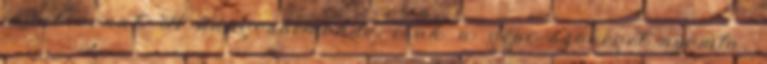
indul vonat. A hangosbemondó csak a gépi szöveget nyomta,